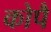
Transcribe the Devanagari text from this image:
कोपै